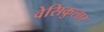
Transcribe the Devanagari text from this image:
वेसिकुलार